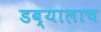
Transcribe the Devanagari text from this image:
डब्यालाच